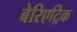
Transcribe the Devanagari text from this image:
बेरिएट्रिक